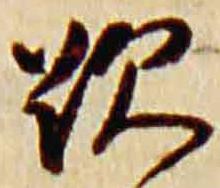
歎